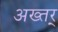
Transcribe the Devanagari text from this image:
अख्तर्